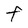
Character: F